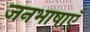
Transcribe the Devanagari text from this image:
जनभाषाएँ